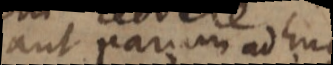
aut parum adhuc